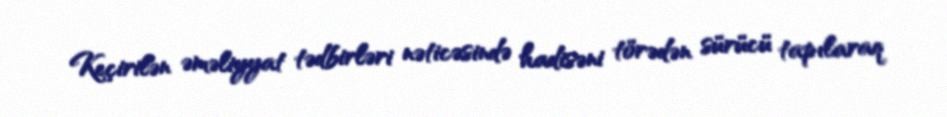
Keçirilən əməliyyat tədbirləri nəticəsində hadisəni törədən sürücü tapılaraq